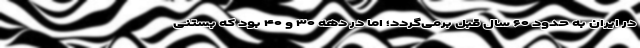
در ایران به حدود ۶۰ سال قبل برمی‌گردد؛ اما در دهه ۳۰ و ۴۰ بود که بستنی